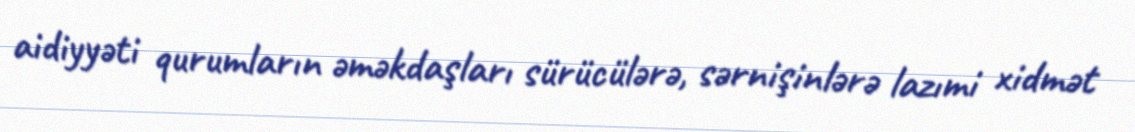
aidiyyəti qurumların əməkdaşları sürücülərə, sərnişinlərə lazımi xidmət